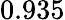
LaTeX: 0.935